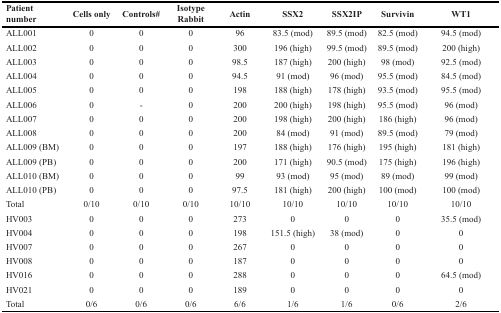
<table><thead><tr><td><b>Patient number</b></td><td><b>Cells only</b></td><td><b>Controls#</b></td><td><b>Isotype Rabbit</b></td><td><b>Actin</b></td><td><b>SSX2</b></td><td><b>SSX2IP</b></td><td><b>Survivin</b></td><td><b>WT1</b></td></tr></thead><tbody><tr><td>ALL001</td><td>0</td><td>0</td><td>0</td><td>96</td><td>83.5 (mod)</td><td>89.5 (mod)</td><td>82.5 (mod)</td><td>94.5 (mod)</td></tr><tr><td>ALL002</td><td>0</td><td>0</td><td>0</td><td>300</td><td>196 (high)</td><td>99.5 (mod)</td><td>89.5 (mod)</td><td>200 (high)</td></tr><tr><td>ALL003</td><td>0</td><td>0</td><td>0</td><td>98.5</td><td>187 (high)</td><td>200 (high)</td><td>98 (mod)</td><td>92.5 (mod)</td></tr><tr><td>ALL004</td><td>0</td><td>0</td><td>0</td><td>94.5</td><td>91 (mod)</td><td>96 (mod)</td><td>95.5 (mod)</td><td>84.5 (mod)</td></tr><tr><td>ALL005</td><td>0</td><td>0</td><td>0</td><td>198</td><td>188 (high)</td><td>178 (high)</td><td>93.5 (mod)</td><td>95.5 (mod)</td></tr><tr><td>ALL006</td><td>0</td><td>-</td><td>0</td><td>200</td><td>200 (high)</td><td>198 (high)</td><td>95.5 (mod)</td><td>96 (mod)</td></tr><tr><td>ALL007</td><td>0</td><td>0</td><td>0</td><td>200</td><td>198 (high)</td><td>200 (high)</td><td>186 (high)</td><td>96 (mod)</td></tr><tr><td>ALL008</td><td>0</td><td>0</td><td>0</td><td>200</td><td>84 (mod)</td><td>91 (mod)</td><td>89.5 (mod)</td><td>79 (mod)</td></tr><tr><td>ALL009 (BM)</td><td>0</td><td>0</td><td>0</td><td>197</td><td>188 (high)</td><td>176 (high)</td><td>195 (high)</td><td>181 (high)</td></tr><tr><td>ALL009 (PB)</td><td>0</td><td>0</td><td>0</td><td>200</td><td>171 (high)</td><td>90.5 (mod)</td><td>175 (high)</td><td>196 (high)</td></tr><tr><td>ALL010 (BM)</td><td>0</td><td>0</td><td>0</td><td>99</td><td>93 (mod)</td><td>95 (mod)</td><td>89 (mod)</td><td>99 (mod)</td></tr><tr><td>ALL010 (PB)</td><td>0</td><td>0</td><td>0</td><td>97.5</td><td>181 (high)</td><td>200 (high)</td><td>100 (mod)</td><td>100 (mod)</td></tr><tr><td>Total</td><td>0/10</td><td>0/10</td><td>0/10</td><td>10/10</td><td>10/10</td><td>10/10</td><td>10/10</td><td>10/10</td></tr><tr><td>HV003</td><td>0</td><td>0</td><td>0</td><td>273</td><td>0</td><td>0</td><td>0</td><td>35.5 (mod)</td></tr><tr><td>HV004</td><td>0</td><td>0</td><td>0</td><td>198</td><td>151.5 (high)</td><td>38 (mod)</td><td>0</td><td>0</td></tr><tr><td>HV007</td><td>0</td><td>0</td><td>0</td><td>267</td><td>0</td><td>0</td><td>0</td><td>0</td></tr><tr><td>HV008</td><td>0</td><td>0</td><td>0</td><td>187</td><td>0</td><td>0</td><td>0</td><td>0</td></tr><tr><td>HV016</td><td>0</td><td>0</td><td>0</td><td>288</td><td>0</td><td>0</td><td>0</td><td>64.5 (mod)</td></tr><tr><td>HV021</td><td>0</td><td>0</td><td>0</td><td>189</td><td>0</td><td>0</td><td>0</td><td>0</td></tr><tr><td>Total</td><td>0/6</td><td>0/6</td><td>0/6</td><td>6/6</td><td>1/6</td><td>1/6</td><td>0/6</td><td>2/6</td></tr></tbody></table>